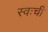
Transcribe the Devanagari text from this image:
स्वःची